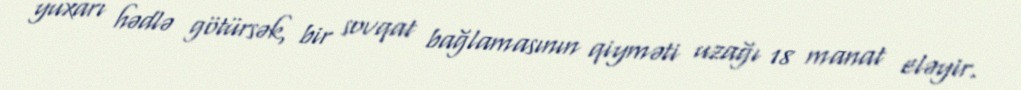
yuxarı hədlə götürsək, bir sovqat bağlamasının qiyməti uzağı 18 manat eləyir.